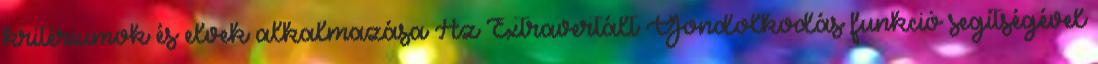
kritériumok és elvek alkalmazása Az Extravertált Gondolkodás funkció segítségével